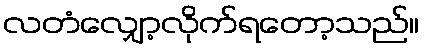
လတံလျှော့လိုက်ရတော့သည်။